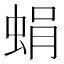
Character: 蜎